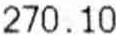
270.10